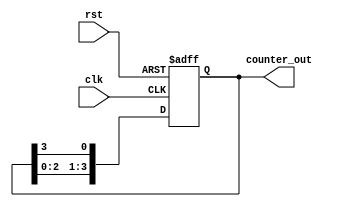
module multi_stage_ring_counter #(
    parameter STAGES = 4   // Number of stages (flip-flops)
) (
    input wire clk,        // Clock signal
    input wire rst,        // Asynchronous reset signal
    output reg [STAGES-1:0] counter_out // Output of the ring counter
);

    // Initial state configuration
    initial begin
        counter_out = 1'b1; // Start with the first flip-flop set to '1'
    end

    // Always block sensitive to clock edges and reset
    always @(posedge clk or posedge rst) begin
        if (rst) begin
            counter_out <= 1'b1; // Reset to the initial state
        end
        else begin
            // Shift the '1' to the left (next flip-flop) with wrap-around
            counter_out <= {counter_out[STAGES-2:0], counter_out[STAGES-1]};
        end
    end

endmodule